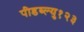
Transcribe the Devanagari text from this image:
पीडब्ल्यु१२३